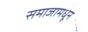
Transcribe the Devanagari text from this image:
समाजामधून